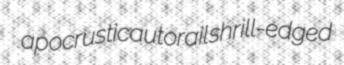
apocrustic autorail shrill-edged